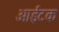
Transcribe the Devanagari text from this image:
आईटक